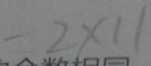
- 2 \times 1 1